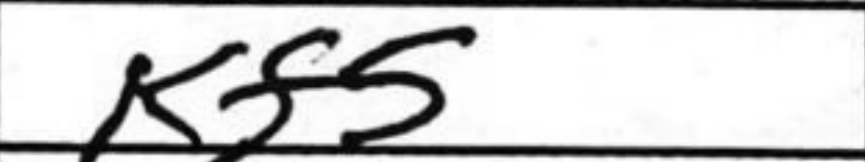
Transcription: Kf5